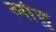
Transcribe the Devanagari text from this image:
ओहु